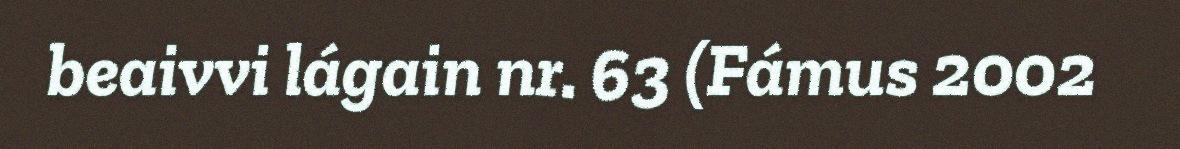
beaivvi lágain nr. 63 (Fámus 2002